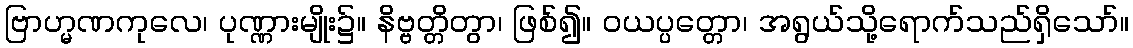
ဗြာဟ္မဏကုလေ၊ ပုဏ္ဏားမျိုး၌။ နိဗ္ဗတ္တိတွာ၊ ဖြစ်၍။ ဝယပ္ပတ္တော၊ အရွယ်သို့ရောက်သည်ရှိသော်။